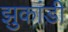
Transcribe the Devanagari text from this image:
झुकांडी